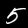
Digit: 5